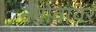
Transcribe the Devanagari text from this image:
नैनोवायर